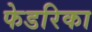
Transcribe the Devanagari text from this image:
फेडरिका